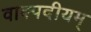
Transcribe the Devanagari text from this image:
वाक्पदीयम्‌